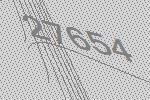
27654